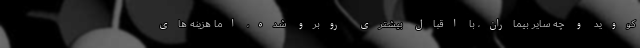
کووید و چه سایر بیماران، با اقبال بیشتری روبرو شده، اما هزینه های